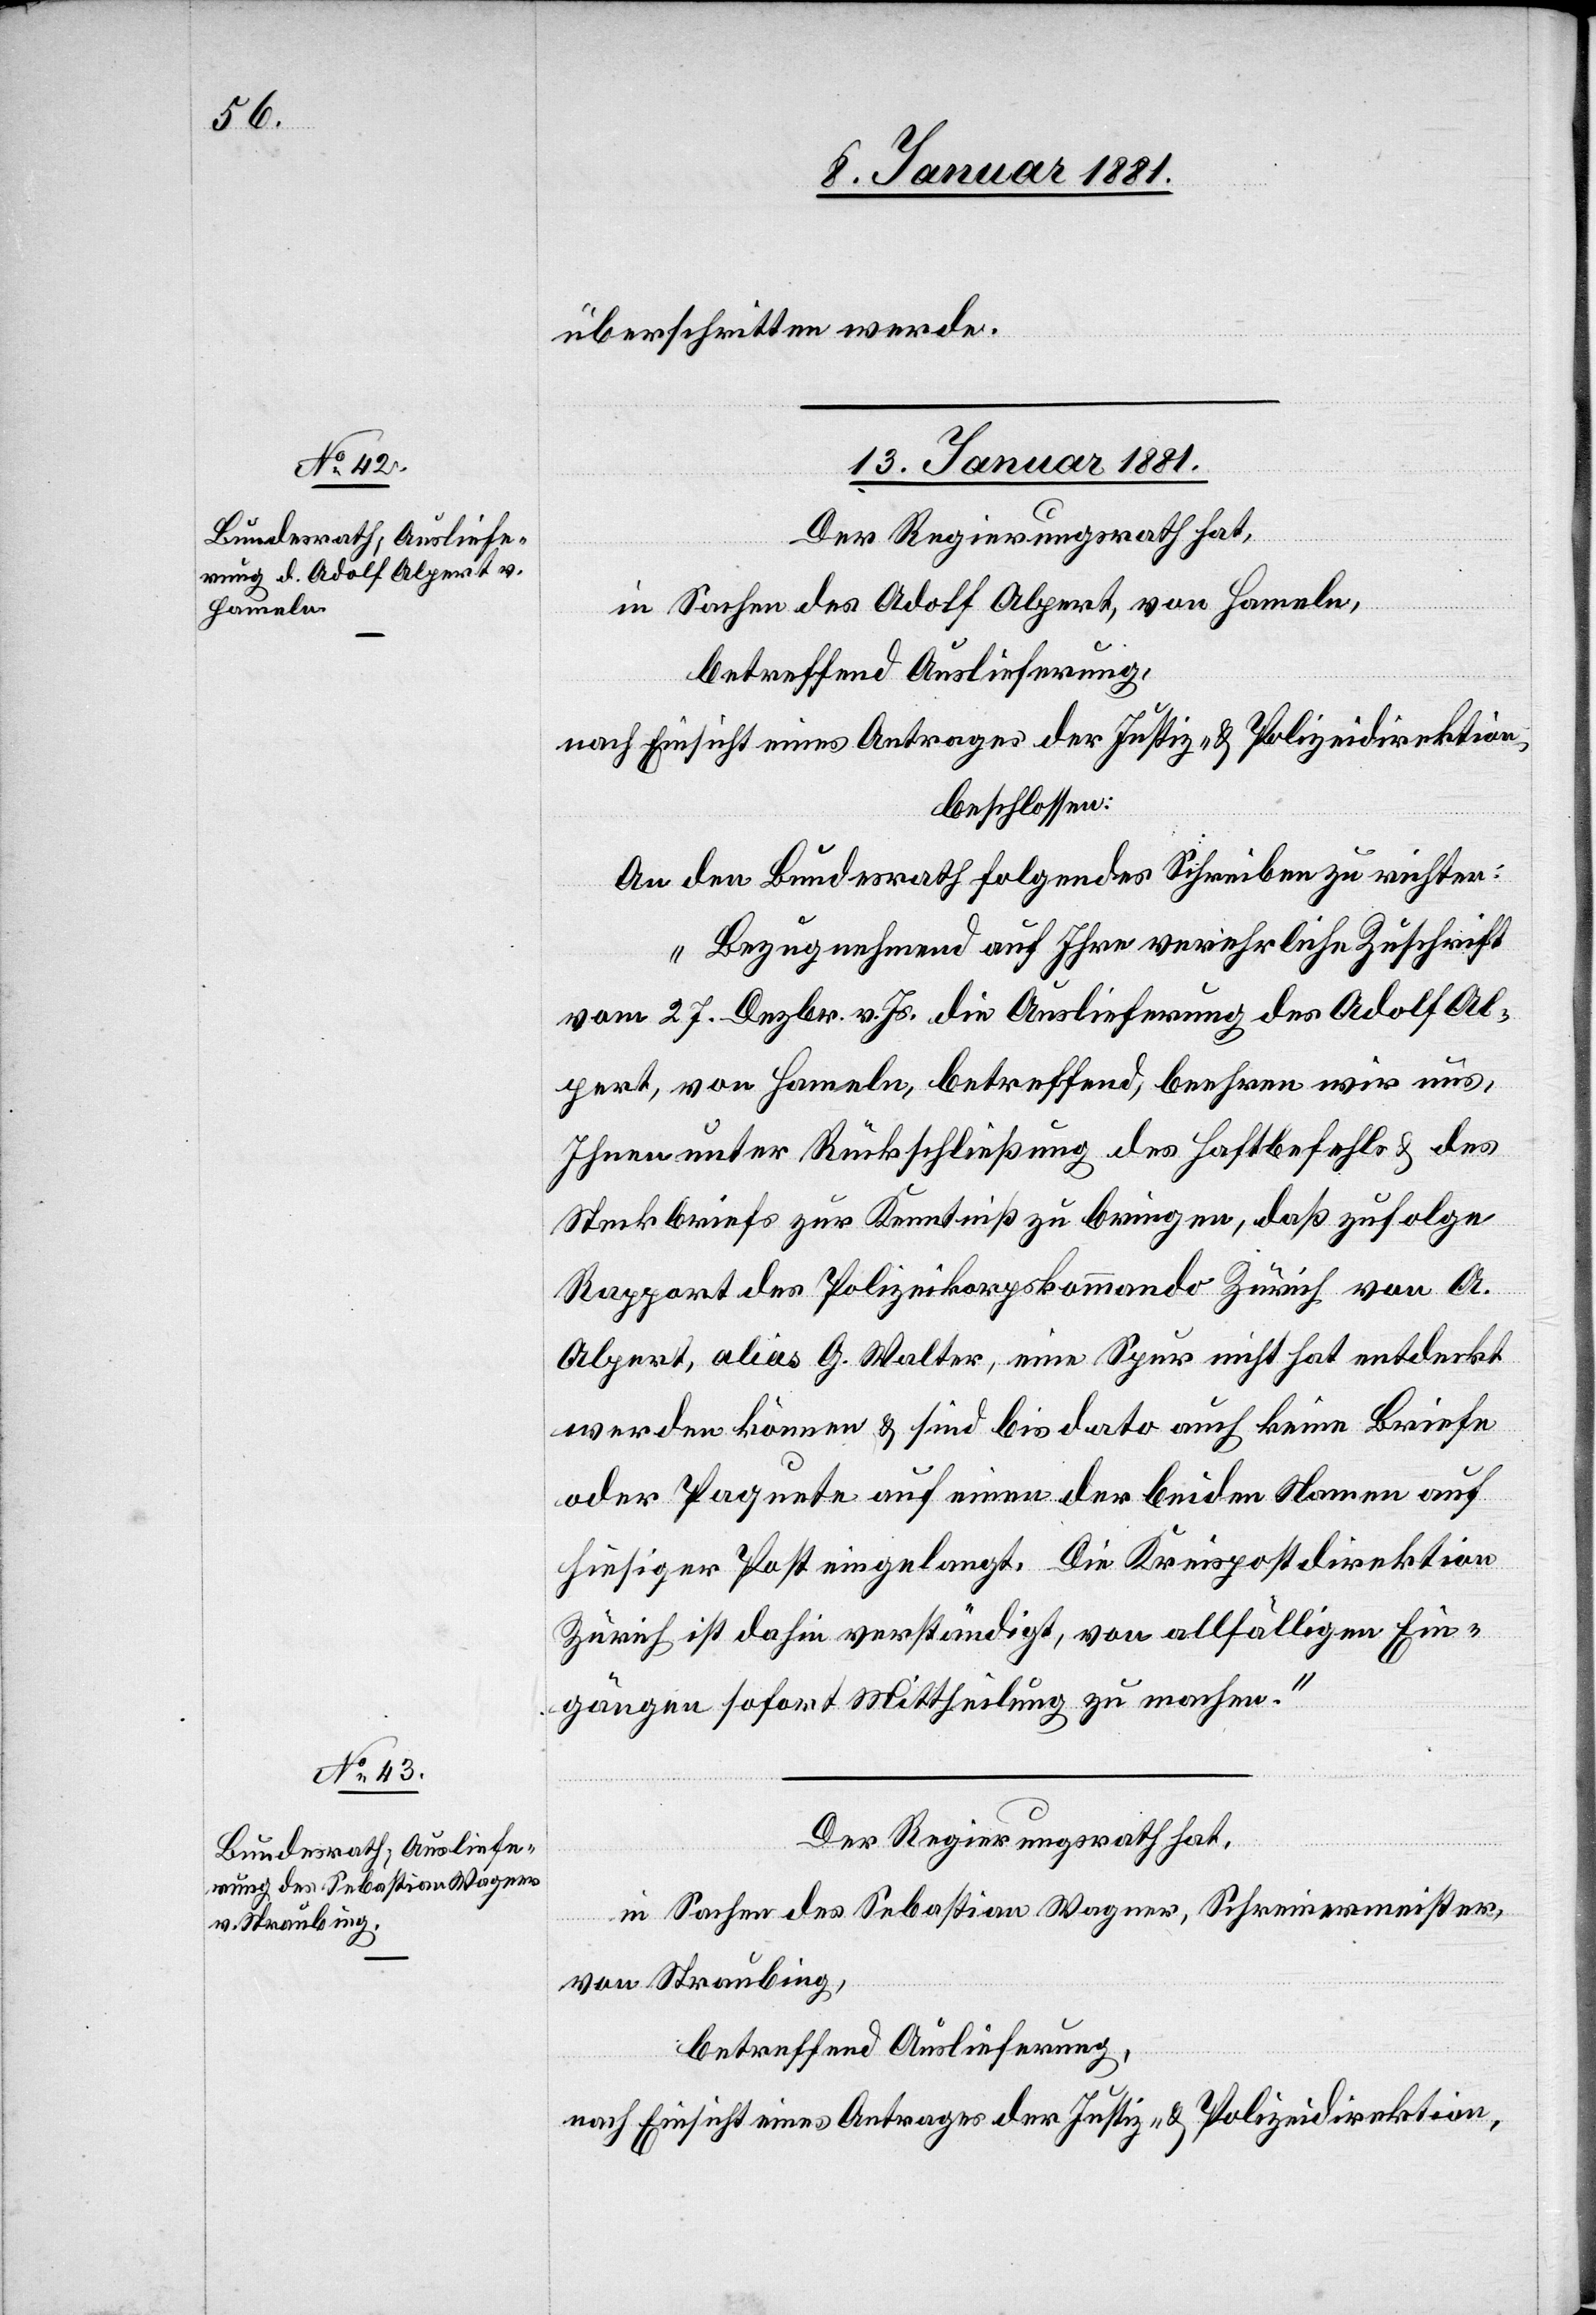
überschritten werde.
13. Januar 1881.]
Der Regierungsrath hat,
in Sachen des Adolf Alpert, von Hameln,
betreffend Auslieferung,
nach Einsicht eines Antrages der Justiz- & Polizeidirektion,
beschlossen:
An den Bundesrath folgendes Schreiben zu richten:
„Bezugnehmend auf Ihre verehrliche Zuschrift
vom 27. Dezbr. v. Js. die Auslieferung des Adolf Al¬
pert, von Hameln, betreffend beehren wir uns,
Ihnen unter Rückschließung des Haftbefehls & des
Steckbriefs zur Kenntniß zu bringen, daß zufolge
Rapport des Polizeikorpskommando Zürich von A.
Alpert, alias G. Walter, eine Spur nicht hat entdeckt
werden können & sind bis dato auch keine Briefe
oder Paquete auf einen der beiden Namen auf
hiesiger Post eingelangt. Die Kreispostdirektion
Zürich ist dahin verständigt, von allfälligen Ein¬
gängen sofort Mittheilung zu machen.“
in Sachen des Sebastian Wagner, Schreinermeister,
von Straubing,
betreffend Auslieferung,
nach Einsicht eines Antrages der Justiz- & Polizeidirektion,